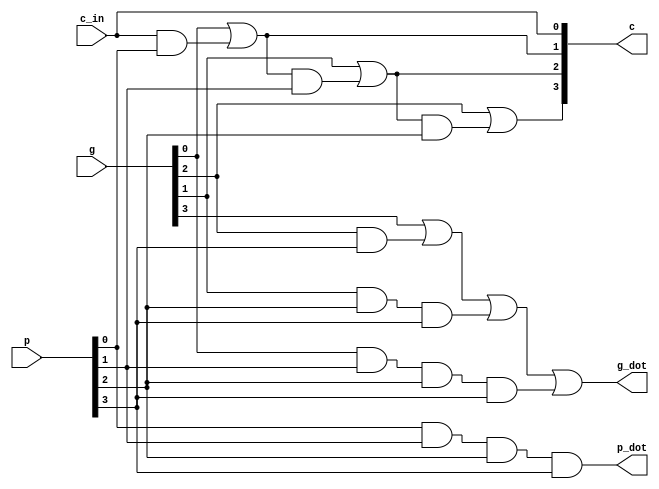
module clag (g,p,c_in,c,g_dot,p_dot); // Carry-Look-Ahead Generator

	input wire [3:0] g, p; // generated carry, propagated carry
	input wire c_in; // input carry

	output wire [3:0] c; // carry-look-ahead
	output wire g_dot, p_dot; // generated carry, propagated carry

	//make c[1], c[2], c[3] for next adder module
	assign c[0] = c_in;
	assign c[1] = g[0] | (c[0] & p[0]);
	assign c[2] = g[1] | (c[1] & p[1]);
	assign c[3] = g[2] | (c[2] & p[2]);
	//assign c[2] = g[1] | (g[0] & p[1]) | (c[0] & p[0] & p[1]);
	//assign c[3] = g[2] | (g[1] & p[2]) | (g[0] & p[1] & p[2]) | (c[0] & p[0] & p[1] & p[2]);

	//make g_dot for carry-look-ahead
    assign g_dot = g[3] | (g[2]&p[3]) | (g[1]&p[2]&p[3]) | (g[0]&p[1]&p[2]&p[3]);
	//make p_dot for carry-look-ahead
	assign p_dot = p[0] & p[1] & p[2] & p[3];
	
endmodule